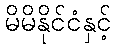
မိမိနိုင်ငံနှင့်